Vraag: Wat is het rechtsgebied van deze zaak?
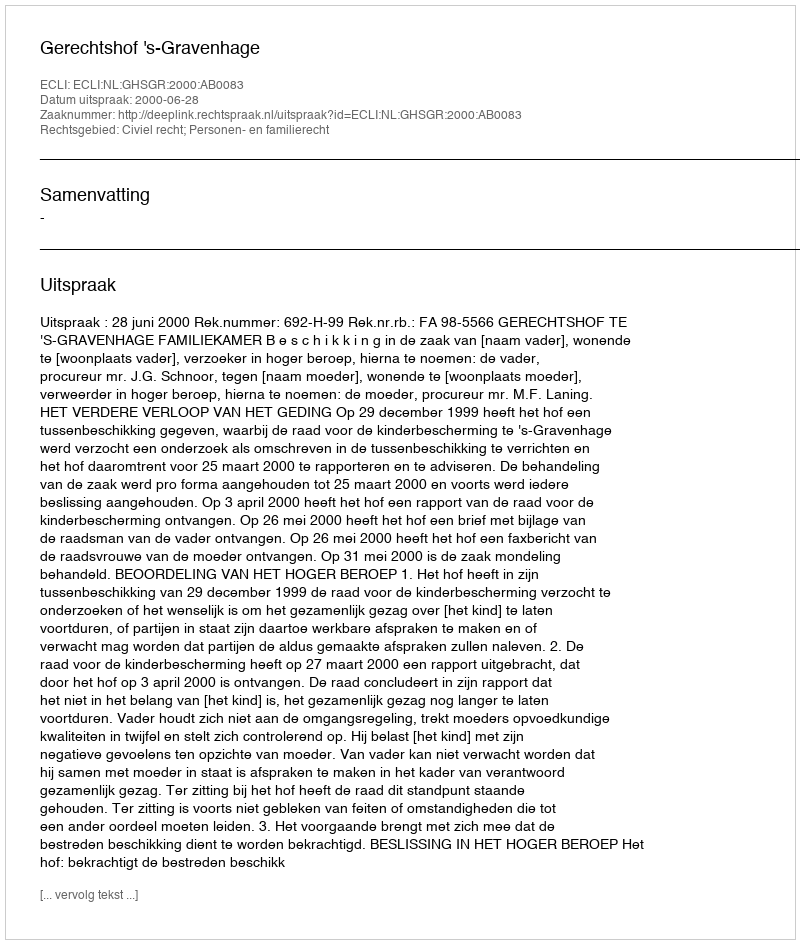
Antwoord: Civiel recht; Personen- en familierecht